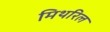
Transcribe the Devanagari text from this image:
मिथरिल